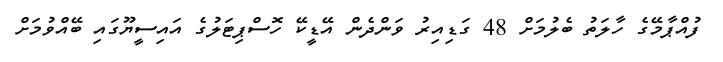
ފުއްޕާމޭގެ ހާލަތު ބެލުމަށް 48 ގަޑިއިރު ވަންދެން އޭޑީކޭ ހޮސްޕިޓަލުގެ އައިސީޔޫގައި ބޭއްވުމަށް